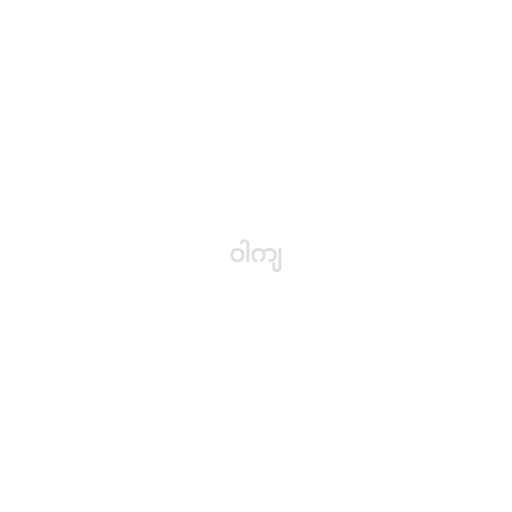
ဝါကျ